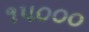
૧૫૦૦૦